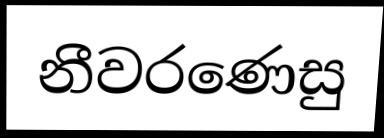
නීවරණෙසු